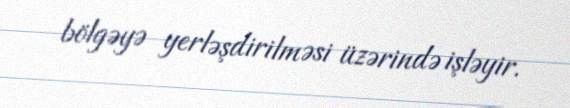
bölgəyə yerləşdirilməsi üzərində işləyir.